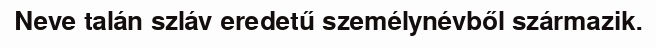
Neve talán szláv eredetű személynévből származik.